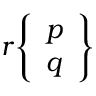
r { \left\{ \begin{array} { l } { p } \\ { q } \end{array} \right\} }